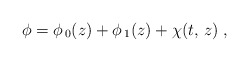
\begin{align*}\phi=\phi_{\,0} (z) + \phi_{\,1} (z) +\chi (t,\,z)\;,\end{align*}